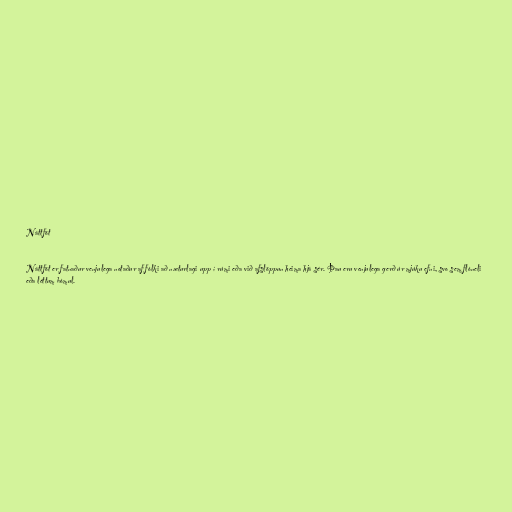
Náttföt

Náttföt er fatnaður venjulega notaður af fólki að næturlagi upp í rúmi eða við afslöppun heima hjá sér. Þau eru venjulega gerð úr mjúku efni, svo sem flóneli
eða léttum bómul.